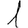
Digit: 1